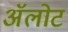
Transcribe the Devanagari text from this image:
ॲलोट